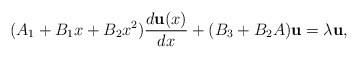
\begin{align*}(A_1+B_1x+B_2x^2){d{\bf u}(x)\over dx} + (B_3 + B_2 A){\bf u}=\lambda {\bf u},\end{align*}